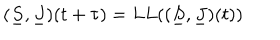
( \underline { { { S } } } , \underline { { { J } } } ) ( t + \tau ) = L L ( ( \underline { { { S } } } , \underline { { { J } } } ) ( t ) )